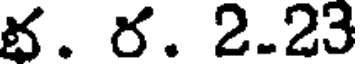
భ. ర. 2.23